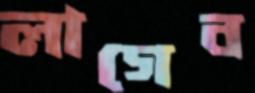
লাগেব